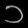
Digit: ၁